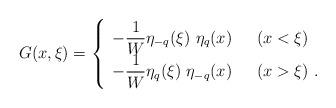
LaTeX: \begin{align*}G (x,\xi) =\left\{ \begin{array}{ll}- \displaystyle {1 \over W} \eta_{-q} (\xi)\ \eta_q (x) & \ \ (x < \xi) \\- \displaystyle {1 \over W} \eta_{q} (\xi)\ \eta_{-q} (x) & \ \ (x >\xi) \ .\end{array}\right.\end{align*}